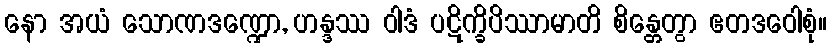
နော အယံ သောဏဒဏ္ဍော, ဟန္ဒဿ ဝါဒံ ပဋိက္ခိပိဿာမာတိ စိန္တေတွာ ဧတဒဝေါစုံ။